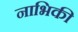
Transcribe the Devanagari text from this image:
नाभिकी